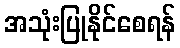
အသုံးပြုနိုင်စေရန်